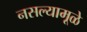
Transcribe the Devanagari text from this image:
नसल्यामूळे